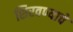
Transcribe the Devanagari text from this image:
शिरवण्याचे